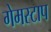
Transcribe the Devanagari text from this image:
गेमस्टाप